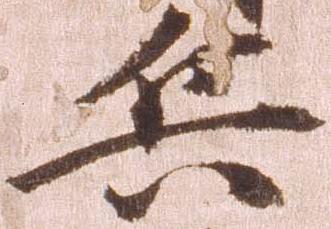
兵